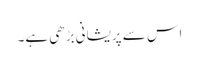
اس سے پریشانی بڑھی ہے۔